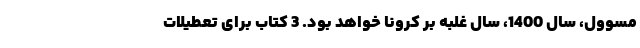
مسوول، سال 1400، سال غلبه بر کرونا خواهد بود. 3 کتاب برای تعطیلات